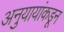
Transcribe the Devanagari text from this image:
अनुयायांकडून